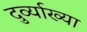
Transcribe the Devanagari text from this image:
दुर्व्याख्या